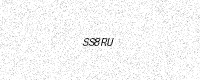
Text: SS8RU